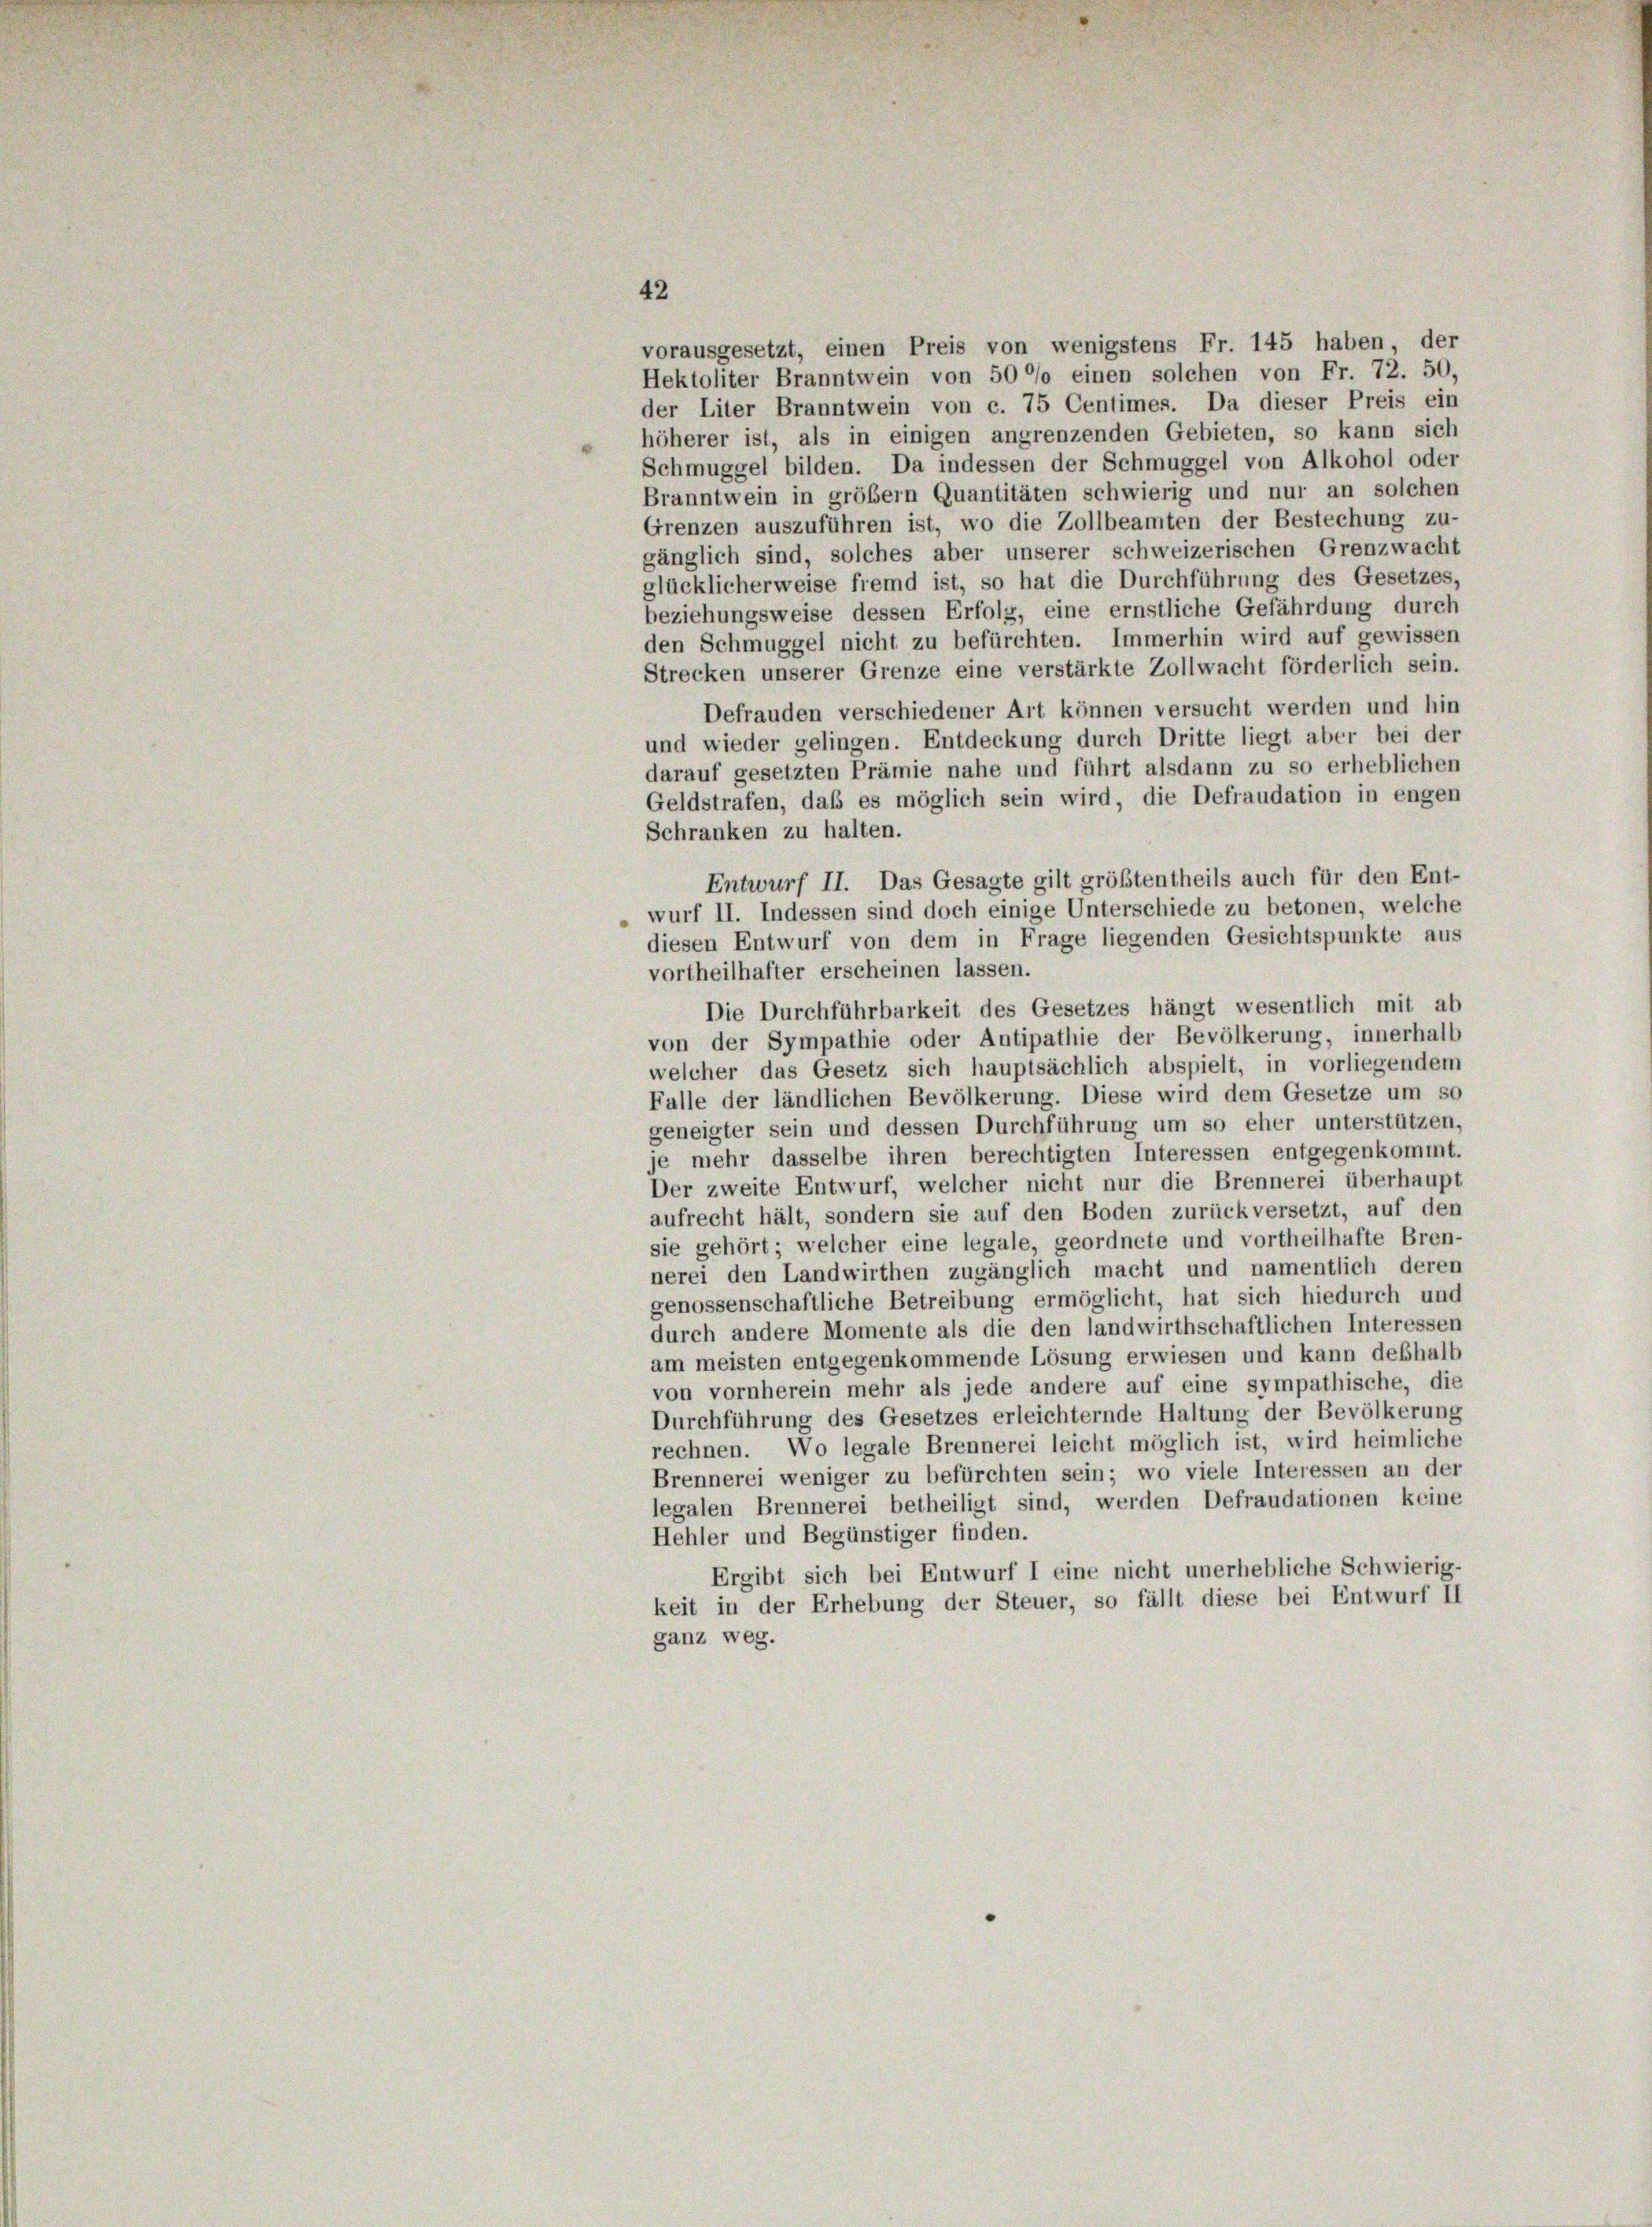
vorausgesetzt, einen Preis von wenigstens Fr. 145 haben, der
Hektoliter Branntwein von 500 einen solchen von Fr. 72. 50,
der Liter Branntwein von c. 75 Centimes. Da dieser Preis ein
höherer ist, als in einigen angrenzenden Gebieten, so kann sich
Schmuggel bilden. Da indessen der Schmuggel von Alkohol oder
Branntwein in größem Quantitäten schwierig und nur an solchen
Grenzen auszuführen ist, wo die Zollbeamten der Bestechung zu-
gänglich sind, solches aber unserer schweizerischen Grenzwacht
glücklicherweise fremd ist, so hat die Durchführung des Gesetzes,
beziehungsweise dessen Erfolg, eine ernstliche Gefährdung durch
den Schmuggel nicht zu befürchten. Immerhin wird auf gewissen
Strecken unserer Grenze eine verstärkte Zollwacht förderlich sein.
Defrauden verschiedener Art können versucht werden und hin
und wieder gelingen. Entdeckung durch Dritte liegt aber bei der
darauf gesetzten Prämie nahe und führt alsdann zu so erheblichen
Geldstrafen, daß es möglich sein wird, die Defraudation in engen
Schranken zu halten.
Entwurf II. Das Gesagte gilt größtentheils auch für den Ent-
wurf II. Indessen sind doch einige Unterschiede zu betonen, welche
diesen Entwurf von dem in Frage liegenden Gesichtspunkte aus
vortheilhafter erscheinen lassen.
Die Durchführbarkeit des Gesetzes hängt wesentlich mit ab
von der Sympathie oder Antipathie der Bevölkerung, innerhalb
welcher das Gesetz sich hauptsächlich abspielt, in vorliegendem
Falle der ländlichen Bevölkerung. Diese wird dem Gesetze um so
geneigter sein und dessen Durchführung um so eher unterstützen,
je mehr dasselbe ihren berechtigten Interessen entgegenkommt.
Der zweite Entwurf, welcher nicht nur die Brennerei überhaupt
aufrecht hält, sondern sie auf den Boden zurückversetzt, auf den
sie gehört; welcher eine legale, geordnete und vortheilhafte Bren-
nerei den Landwirthen zugänglich macht und namentlich deren
genossenschaftliche Betreibung ermöglicht, hat sich hiedurch und
durch andere Momente als die den landwirthschaftlichen Interessen
am meisten entgegenkommende Lösung erwiesen und kann deshalb
von vornherein mehr als jede andere auf eine sympathische, die
Durchführung des Gesetzes erleichternde Haltung der Bevölkerung
rechnen. Wo legale Brennerei leicht möglich ist, wird heimliche
Brennerei weniger zu befürchten sein; wo viele Interessen an der
legalen Brennerei betheiligt sind, werden Defraudationen keine
Hehler und Begünstiger finden.
Ergibt sich bei Entwurf I eine nicht unerhebliche Schwierig-
keit in der Erhebung der Steuer, so fällt diese bei Entwurf II
ganz weg.